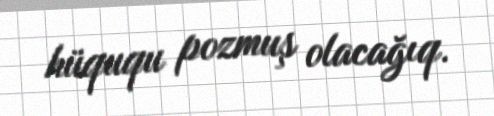
hüququ pozmuş olacağıq.